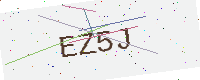
Text: EZ5J